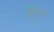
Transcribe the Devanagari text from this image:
चूहरु